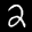
Label: 2